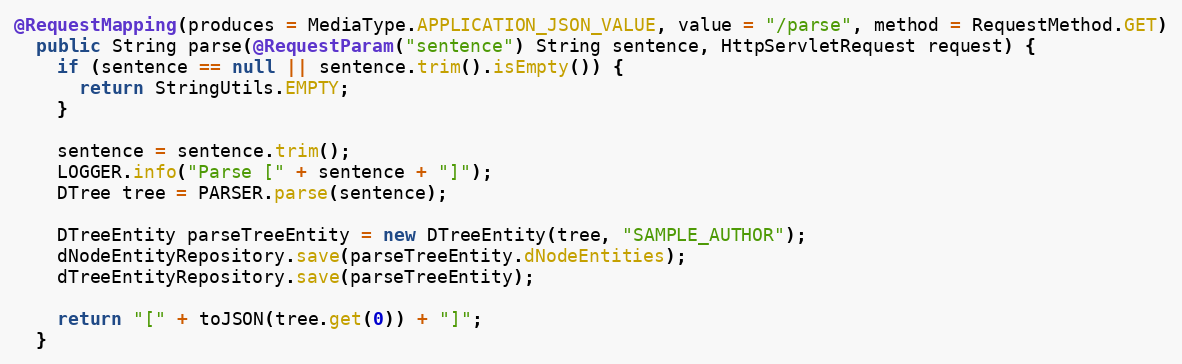
Language: Java
@RequestMapping(produces = MediaType.APPLICATION_JSON_VALUE, value = "/parse", method = RequestMethod.GET)
  public String parse(@RequestParam("sentence") String sentence, HttpServletRequest request) {
    if (sentence == null || sentence.trim().isEmpty()) {
      return StringUtils.EMPTY;
    }

    sentence = sentence.trim();
    LOGGER.info("Parse [" + sentence + "]");
    DTree tree = PARSER.parse(sentence);

    DTreeEntity parseTreeEntity = new DTreeEntity(tree, "SAMPLE_AUTHOR");
    dNodeEntityRepository.save(parseTreeEntity.dNodeEntities);
    dTreeEntityRepository.save(parseTreeEntity);

    return "[" + toJSON(tree.get(0)) + "]";
  }